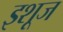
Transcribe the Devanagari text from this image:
इशूज